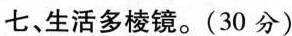
七、生活多棱镜。(30分)